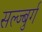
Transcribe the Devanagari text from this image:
सल्ज्बुर्ग